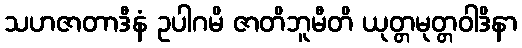
သဟဇာတာဒီနံ ဥပါဂမိ ဇာတိဘူမီတိ ယုတ္တမုတ္တဝါဒိနာ